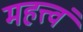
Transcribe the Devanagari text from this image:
महत्त्वं